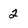
Character: 2